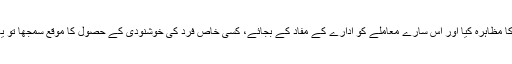
اہلِ سیاست نے اگر اب بھی کوتاہ نگاہی کا مظاہرہ کیا اور اس سارے معاملے کو ادارے کے مفاد کے بجائے، کسی خاص فرد کی خوشنودی کے حصول کا موقع سمجھا تو یہ دراصل تاریخی غلطی پر اصرار ہو گا۔